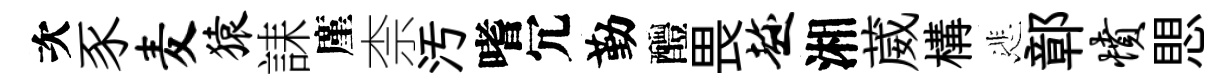
次豕麦猿誄廑柰汚嗜冗勤醴畏趁湘葳構悲鄣愤愳